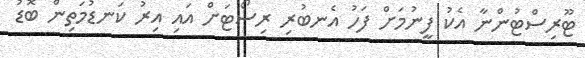
ޓޫރިސްޓުންނާ އެކު ފީނުމަށް ފަހު އެނބުރި ރިސޯޓަށް އައި އިރު ކަނޑުމަތިން ބޮޑު